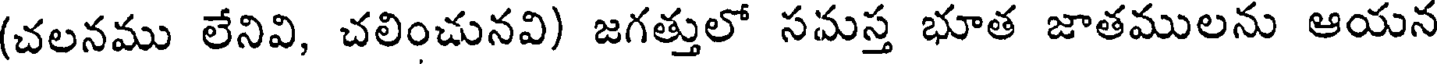
(చలనము లేనివి, చలించునవి) జగత్తులో సమస్త భూత జాతములను ఆయన